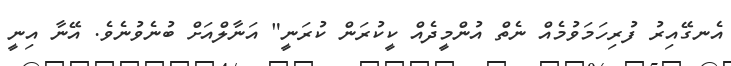
އެނގޭއިރު ފުރިހަމަވުމެއް ނެތް އުންމީދެއް ކީކުރަން ކުރަނީ" އަނާލްއަށް ބުނެވުނެވެ. އޭނާ އިނީ